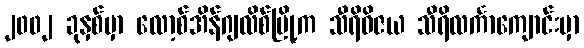
၂၀၀၂ ခုနှစ်မှာ လော့စ်အိန်ဂျလိစ်မြို့က သီရိဝိဇယ သီရိလင်္ကာကျောင်းမှာ